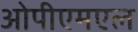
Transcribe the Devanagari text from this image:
ओपीएमएल